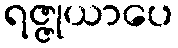
ရဇ္ဇုယာပေ